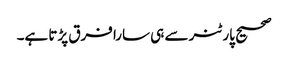
صحیح پارٹنر سے ہی سارا فرق پڑتا ہے۔